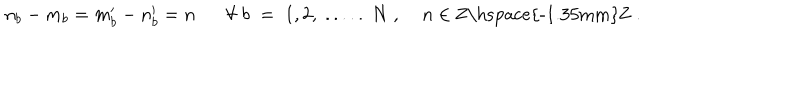
n _ { b } - m _ { b } = m _ { b } ^ { \prime } - n _ { b } ^ { \prime } = n \forall \; b \; = \; 1 , 2 , \; . . . . . \; N \; , \; n \in \mathrm { Z \hspace { - 1 . 3 5 m m } Z } \; .